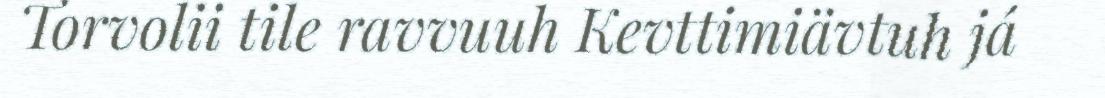
Torvolii tile ravvuuh Kevttimiävtuh já